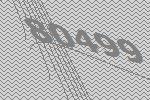
80499